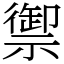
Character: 禦